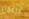
الزعماء